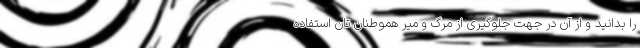
را بدانید و از آن در جهت جلوگیری از مرگ و میر هموطنان تان استفاده